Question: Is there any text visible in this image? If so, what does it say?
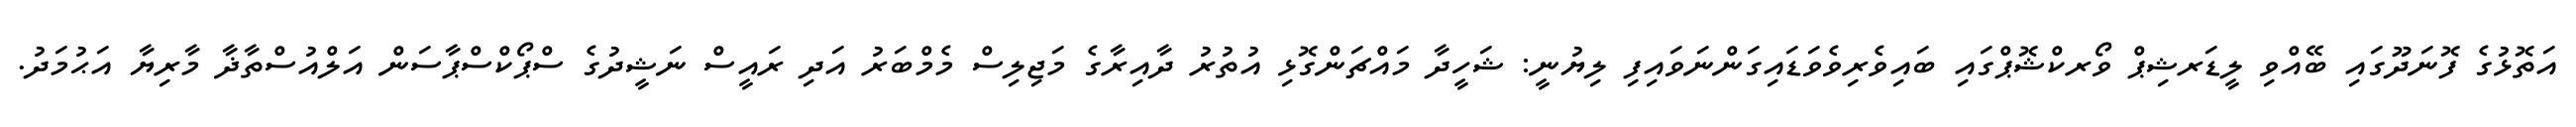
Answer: އަތޮޅުގެ ފޮނަދޫގައި ބޭއްވި ލީޑަރޝިޕް ވޯރކްޝޮޕްގައި ބައިވެރިވެވަޑައިގަންނަވައިފި ލިޔުނީ: ޝަހީދާ މައްޗަންގޮޅި އުތުރު ދާއިރާގެ މަޖިލިސް މެމްބަރު އަދި ރައީސް ނަޝީދުގެ ސްޕޯކްސްޕާސަން އަލްއުސްތާޛާ މާރިޔާ އަޙުމަދު.